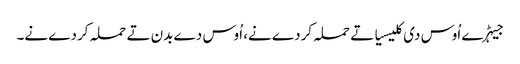
جیہڑے اُوس دی کلیسیا تے حملہ کردے نے، اُوس دے بدن تے حملہ کردے نے۔